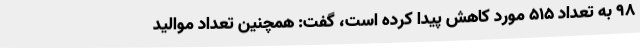
98 به تعداد 515 مورد کاهش پیدا کرده است، گفت: همچنین تعداد موالید